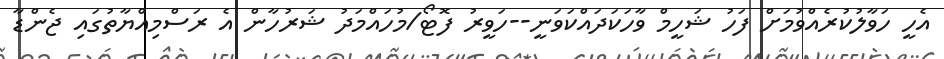
އެހީ ހަވާލުކުރެއްވުމަށް ފަހު ޝަހީމް ވާހަކަދައްކަވަނީ--ހަވީރު ފޮޓޯ/މުހައްމަދު ޝަރުހާން އެ ރަސްމިއްޔާތުގައި ޖެންޑާ